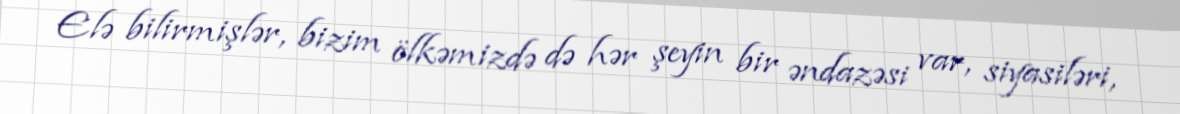
Elə bilirmişlər, bizim ölkəmizdə də hər şeyin bir əndazəsi var, siyasiləri,